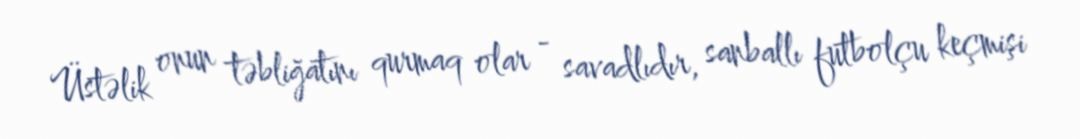
Üstəlik onun təbliğatını qurmaq olar - savadlıdır, sanballı futbolçu keçmişi